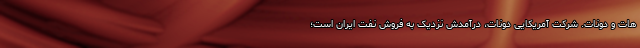
هات و دونات. شرکت آمریکایی دونات، درآمدش نزدیک به فروش نفت ایران است؛